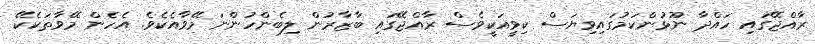
ރާއްޖޭގައި ހައްދާ ނޫޅުންކަމުގައިވިޔަސް ކިވީއަކީވެސް ރާއްޖޭގައި ބާޒާރުން ލިބެންހުންނަ މޭވާއެކެވެ. އެހެން މޭވާތަކެކޭ